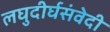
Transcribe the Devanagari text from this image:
लघुदीर्घसंवेदी